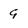
Character: 9